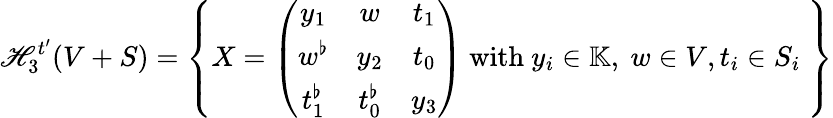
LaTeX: \mathscr{H}_{3}^{t^{\prime}}(V+S)=\left\{ X=\left(\begin{array}{ccc}{y_{1}}&{w}&{t_{1}}\\ {w^{\flat}}&{y_{2}}&{t_{0}}\\ {t_{1}^{\flat}}&{t_{0}^{\flat}}&{y_{3}}\end{array}\right)\ \mathrm{with}\ y_{i}\in\mathbb{K},\ w\in V,t_{i}\in S_{i}\ \right\}